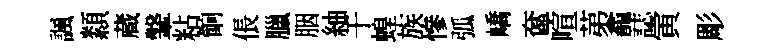
諷纇蔵鞶粘餉倀臘胭紬于蝗族慘弧嶠奩喧苐龕誌寅彫